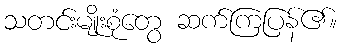
သတင်းမျိုးစုံတွေ ဆက်ကြပြန်၏။